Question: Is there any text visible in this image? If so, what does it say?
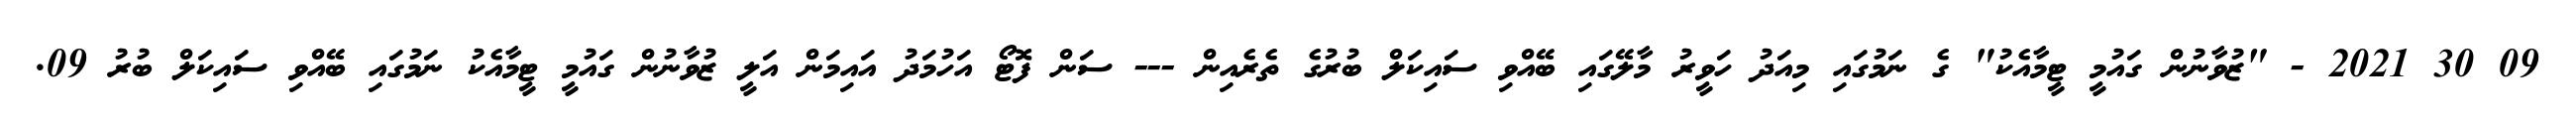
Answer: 09 30 2021 - "ޒުވާނުން ގައުމީ ޓީމާއެކު" ގެ ނަމުގައި މިއަދު ހަވީރު މާލޭގައި ބޭއްވި ސައިކަލް ބުރުގެ ތެރެއިން --- ސަން ފޮޓޯ އަހުމަދު އައިމަން އަލީ ޒުވާނުން ގައުމީ ޓީމާއެކު ނަމުގައި ބޭއްވި ސައިކަލް ބުރު 09.